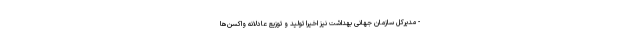
- مدیرکل سازمان جهانی بهداشت نیز اخیرا تولید و توزیع عادلانه واکسن‌ها